Veterinary regulations India, 1935 -
Year: 1935
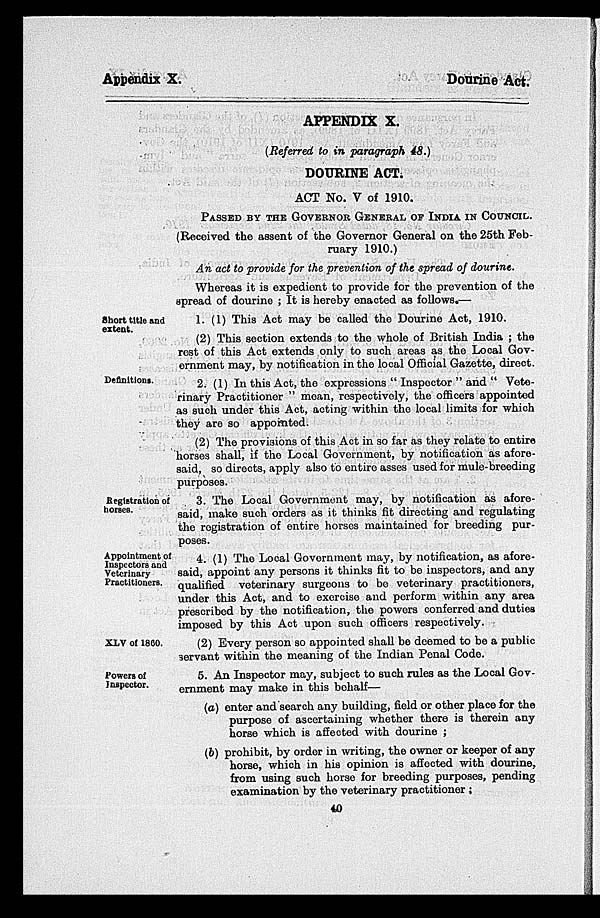
Appendix X.
Dourine Act.
APPENDIX X.
(Referred to in paragraph 48.)
DOURINE ACT.
ACT No. V of 1910.
PASSED BY THE GOVERNOR GENERAL OF INDIA IN COUNCIL.
(Received the assent of the Governor General on the 25th Feb-
ruary 1910.)
An act to provide for the prevention of the spread of dourine.
Whereas it is expedient to provide for the prevention of the
spread of dourine ; It is hereby enacted as follows.—
Short title and
extent.
1. (1) This Act may be called the Dourine Act, 1910.
(2) This section extends to the whole of British India ; the
rest of this Act extends only to such areas as the Local Gov-
ernment may, by notification in the local Official Gazette, direct.
Definitions.
2. (1) In this Act, the expressions " Inspector " and " Vete-
rinary Practitioner " mean, respectively, the officers appointed
as such under this Act, acting within the local limits for which
they are so appointed.
(2) The provisions of this Act in so far as they relate to entire
horses shall, if the Local Government, by notification as afore-
said, so directs, apply also to entire asses used for mule-breeding
purposes.
Registration of
horses.
3. The Local Government may, by notification as afore-
said, make such orders as it thinks fit directing and regulating
the registration of entire horses maintained for breeding pur-
poses.
Appointment of
Inspectors and
Veterinary
Practitioners.
4. (1) The Local Government may, by notification, as afore-
said, appoint any persons it thinks fit to be inspectors, and any
qualified veterinary surgeons to be veterinary practitioners,
under this Act, and to exercise and perform within any area
prescribed by the notification, the powers conferred and duties
imposed by this Act upon such officers respectively.
XLV of 1860.
(2) Every person so appointed shall be deemed to be a public
servant within the meaning of the Indian Penal Code.
Powers of
Inspector.
5. An Inspector may, subject to such rules as the Local Gov-
ernment may make in this behalf—
(a) enter and search any building, field or other place for the
purpose of ascertaining whether there is therein any
horse which is affected with dourine ;
(b) prohibit, by order in writing, the owner or keeper of any
horse, which in his opinion is affected with dourine.
from using such horse for breeding purposes, pending
examination by the veterinary practitioner;
40